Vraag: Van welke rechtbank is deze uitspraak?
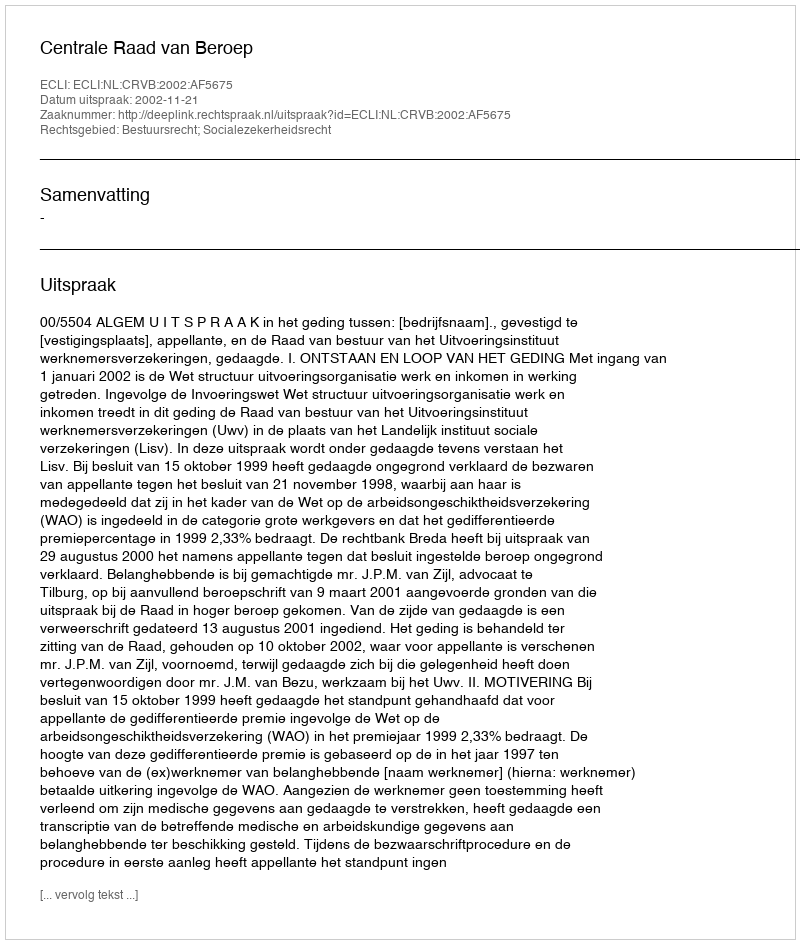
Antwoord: Centrale Raad van Beroep